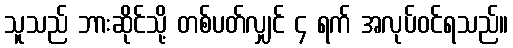
သူသည် ဘားဆိုင်သို့ တစ်ပတ်လျှင် ၄ ရက် အလုပ်ဝင်ရသည်။